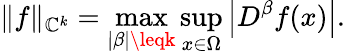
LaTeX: \| f\| _{\mathbb{C}^{k}}=\operatorname*{max}_{|\beta|\leqk}\operatorname*{sup}_{x\in\Omega}\left|D^{\beta}f(x)\right|.